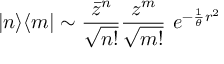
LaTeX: | n \rangle \langle m | \sim \frac { \bar { z } ^ { n } } { \sqrt { n ! } } \frac { z ^ { m } } { \sqrt { m ! } } \ e ^ { - \frac { 1 } { \theta } r ^ { 2 } }